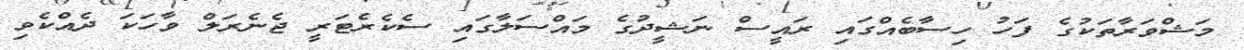
މަޝްވަރާތަކުގެ ފަހު ހިސާބެއްގައި ރައީސް ނަޝީދުގެ މައްސަލާގައި ސެކެރެޓަރީ ޖެނެރަލް ވާހަކަ ދެއްކެވި